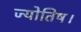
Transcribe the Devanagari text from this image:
ज्‍योतिष।